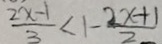
\frac { 2 x - 1 } { 3 } < 1 - \frac { 2 x + 1 } { 2 }